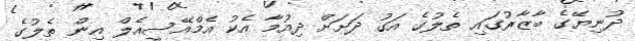
ދުނިޔޭގެ ބާޒާރުގައި ތެލުގެ އަގު ދަށަށް ދިއުމާ އެކު އެމްއޭސީއެލް އިން ތެލުގެ